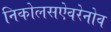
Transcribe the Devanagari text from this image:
निकोलसऐवरेनोव